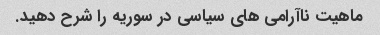
ماهیت ناآرامی های سیاسی در سوریه را شرح دهید.